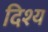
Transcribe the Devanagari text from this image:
दिश्य